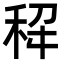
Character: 𫀭